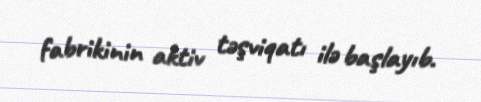
fabrikinin aktiv təşviqatı ilə başlayıb.